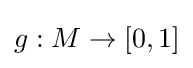
g:M\to [0,1]